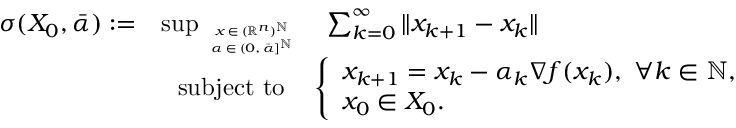
\begin{array} { r l } { \sigma ( X _ { 0 } , \bar { \alpha } ) : = } & { \operatorname* { s u p } _ { \tiny \begin{array} { c } { x \in ( \mathbb { R } ^ { n } ) ^ { \mathbb { N } } } \\ { \alpha \in ( 0 , \bar { \alpha } ] ^ { \mathbb { N } } } \end{array} } ~ ~ \sum _ { k = 0 } ^ { \infty } \| x _ { k + 1 } - x _ { k } \| } \\ & { ~ ~ \mathrm { s u b j e c t ~ t o } ~ ~ ~ \left\{ \begin{array} { l } { x _ { k + 1 } = x _ { k } - \alpha _ { k } \nabla f ( x _ { k } ) , ~ \forall k \in \mathbb { N } , } \\ { x _ { 0 } \in X _ { 0 } . } \end{array} \right. } \end{array}